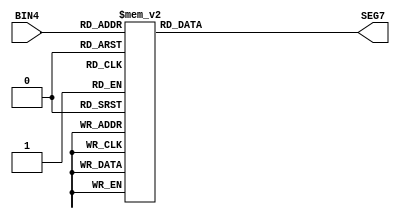
// 4bit binary to 7segment driver circuit
// Displays like: 0123456789AbCdEF

module BIN4to7SEG (BIN4, SEG7);

    input [3:0] BIN4;
    output [6:0] SEG7;
    
    function [6:0] segpat;
        input [3:0] BIN4;
        begin
            case (BIN4)
                4'b0000:    segpat = 7'b1000000;
                4'b0001:    segpat = 7'b1111001;
                4'b0010:    segpat = 7'b0100100;
                4'b0011:    segpat = 7'b0110000;
                4'b0100:    segpat = 7'b0011001;
                4'b0101:    segpat = 7'b0010010;
                4'b0110:    segpat = 7'b0000010;
                4'b0111:    segpat = 7'b1111000;
                4'b1000:    segpat = 7'b0000000;
                4'b1001:    segpat = 7'b0010000;
                4'b1010:    segpat = 7'b0001000;
                4'b1011:    segpat = 7'b0000011;
                4'b1100:    segpat = 7'b1000110;
                4'b1101:    segpat = 7'b0100001;
                4'b1110:    segpat = 7'b0000110;
                4'b1111:    segpat = 7'b0001110;
            endcase
        end
    endfunction
    assign SEG7 = segpat(BIN4);
endmodule